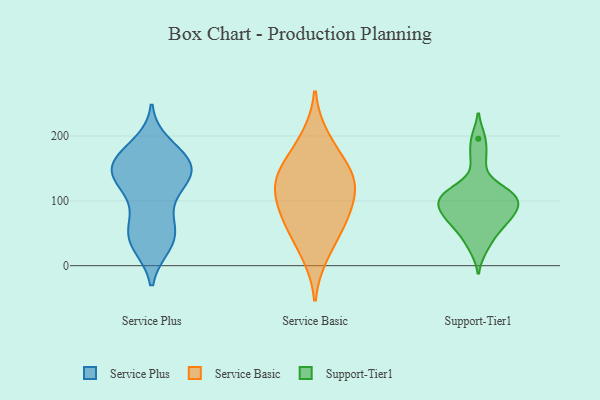
{"axis": {"x": "Backlog", "y": "Value"}, "legend": ["Service Basic", "Service Plus", "Support-Tier1"], "data": [{"x": "", "y": 113, "type": "Service Plus"}, {"x": "", "y": 171, "type": "Service Plus"}, {"x": "", "y": 34, "type": "Service Plus"}, {"x": "", "y": 187, "type": "Service Plus"}, {"x": "", "y": 80, "type": "Service Plus"}, {"x": "", "y": 46, "type": "Service Plus"}, {"x": "", "y": 167, "type": "Service Plus"}, {"x": "", "y": 141, "type": "Service Plus"}, {"x": "", "y": 147, "type": "Service Plus"}, {"x": "", "y": 153, "type": "Service Plus"}, {"x": "", "y": 64, "type": "Service Plus"}, {"x": "", "y": 127, "type": "Service Plus"}, {"x": "", "y": 31, "type": "Service Plus"}, {"x": "", "y": 55, "type": "Service Plus"}, {"x": "", "y": 35, "type": "Service Plus"}, {"x": "", "y": 154, "type": "Service Plus"}, {"x": "", "y": 171, "type": "Service Plus"}, {"x": "", "y": 145, "type": "Service Plus"}, {"x": "", "y": 143, "type": "Service Plus"}, {"x": "", "y": 122, "type": "Service Plus"}, {"x": "", "y": 136, "type": "Service Basic"}, {"x": "", "y": 164, "type": "Service Basic"}, {"x": "", "y": 125, "type": "Service Basic"}, {"x": "", "y": 58, "type": "Service Basic"}, {"x": "", "y": 95, "type": "Service Basic"}, {"x": "", "y": 59, "type": "Service Basic"}, {"x": "", "y": 87, "type": "Service Basic"}, {"x": "", "y": 199, "type": "Service Basic"}, {"x": "", "y": 148, "type": "Service Basic"}, {"x": "", "y": 119, "type": "Service Basic"}, {"x": "", "y": 16, "type": "Service Basic"}, {"x": "", "y": 164, "type": "Support-Tier1"}, {"x": "", "y": 73, "type": "Support-Tier1"}, {"x": "", "y": 196, "type": "Support-Tier1"}, {"x": "", "y": 98, "type": "Support-Tier1"}, {"x": "", "y": 102, "type": "Support-Tier1"}, {"x": "", "y": 115, "type": "Support-Tier1"}, {"x": "", "y": 84, "type": "Support-Tier1"}, {"x": "", "y": 77, "type": "Support-Tier1"}, {"x": "", "y": 116, "type": "Support-Tier1"}, {"x": "", "y": 61, "type": "Support-Tier1"}, {"x": "", "y": 50, "type": "Support-Tier1"}, {"x": "", "y": 112, "type": "Support-Tier1"}, {"x": "", "y": 27, "type": "Support-Tier1"}, {"x": "", "y": 94, "type": "Support-Tier1"}]}